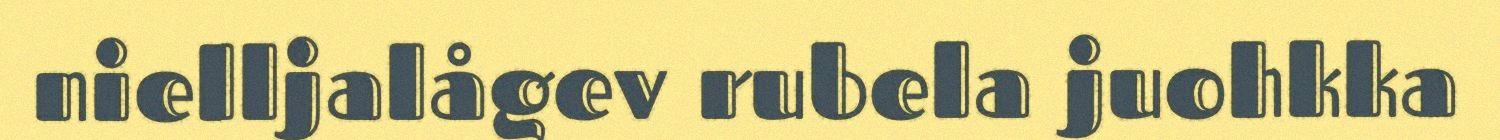
nielljalågev rubela juohkka